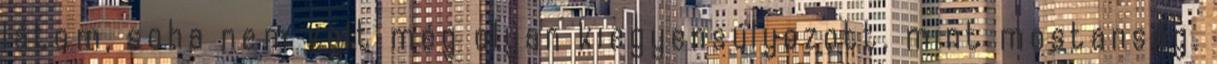
látom, soha nem volt még olyan kiegyensúlyozott, mint mostanság.